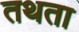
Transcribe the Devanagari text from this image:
तथता